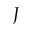
J